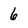
Character: 6